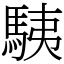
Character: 䮊